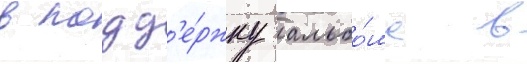
в подд'е́ржку альбо́ма в